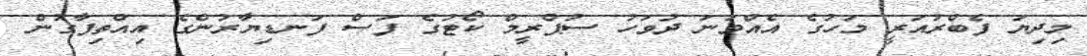
މިދިޔަ ފެބްރުއަރީ މަހުގެ އެއްވަނަ ދުވަހު ސުޕްރީމް ކޯޓުގެ ފަސް ފަނޑިޔާރުންގެ އިއްތިފާގުން